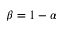
\beta = 1 - \alpha